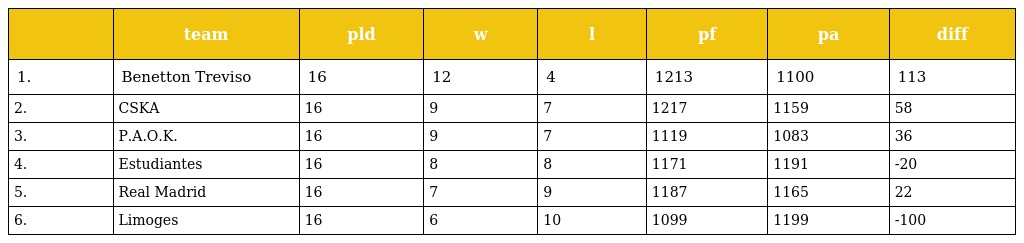
|  | team | pld | w | l | pf | pa | diff |
 | --- | --- | --- | --- | --- | --- | --- | --- |
 | 1. | Benetton Treviso | 16 | 12 | 4 | 1213 | 1100 | 113 |
 | 2. | CSKA | 16 | 9 | 7 | 1217 | 1159 | 58 |
 | 3. | P.A.O.K. | 16 | 9 | 7 | 1119 | 1083 | 36 |
 | 4. | Estudiantes | 16 | 8 | 8 | 1171 | 1191 | -20 |
 | 5. | Real Madrid | 16 | 7 | 9 | 1187 | 1165 | 22 |
 | 6. | Limoges | 16 | 6 | 10 | 1099 | 1199 | -100 |